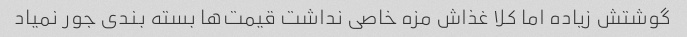
گوشتش زیاده اما کلا غذاش مزه خاصی نداشت قیمت‌ها بسته بندی جور نمیاد